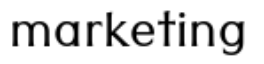
marketing